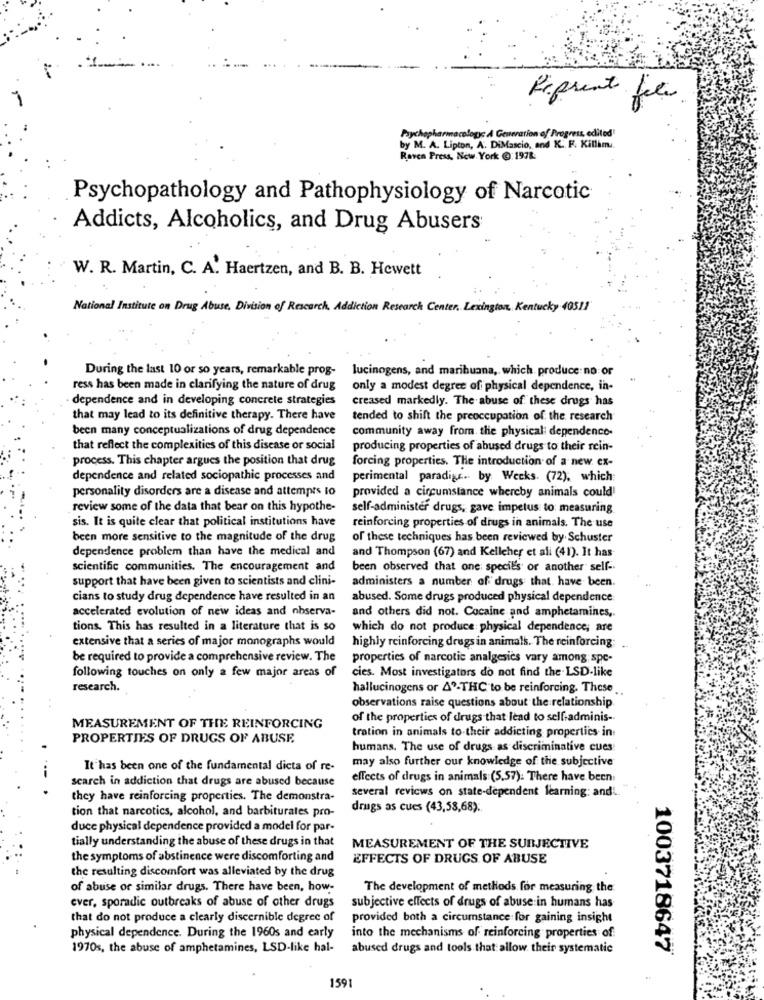
Referente file
Psychopharmacology A Generation of Progress, edited
by M. A. Lipton, A. DiMascio, and K. F. Killim.
Raven Press. New York : 197k
Psychopathology and Pathophysiology of Narcotic
Addicts, Alcoholics, and Drug Abusers
W. R. Martin, C. A. Haertzen, and B. B. Hewett
National Institute on Drug Abuse. Division of Rescarch. Addiction Research Center. Lexington, Kentucky 40511
During the last 10 or so years, remarkable prog-
lucinogens, and marihuana, which produce no or
ress has been made in clarifying the nature of drug
only a modest degree of physical dependence, in-
dependence and in developing concrete strategies
creased markedly. The abuse of these drugs has
that may lead to its definitive therapy. There have
tended to shift the preoccupation of the research
been many conceptualizations of drug dependence
community away from the physical: dependence-
that reflect the complexities of this disease or social
producing properties of abused drugs to their rein-
process. This chapter argues the position that drug
forcing properties. The introduction of a new ex-
dependence and related sociopathic processes and
perimental paradise .. by Weeks. (72), which
personality disorders are a disease and attempts to
provided a circumstance whereby animals could
review some of the data that bear on this hypothe-
self-administer drugs, gave impetus to: measuring
sis. It is quite clear that political institutions have
reinforcing properties of drugs in animals. The use
been more sensitive to the magnitude of the drug
of these techniques has been reviewed by. Schuster
dependence problem than have the medical and
and Thompson (67) and Kelleher et ali (41). It has-
scientific communities. The encouragement and
been observed that one; specie's or another self-
support that have been given to scientists and clini-
administers a number of drugs that have been.
cians to study drug dependence have resulted in an
abused. Some drugs produced physical dependence
accelerated evolution of new ideas and observa-
and others did not. Cocaine and amphetamines,
tions. This has resulted in a literature that is so
which do not produce physical dependence; are
extensive that a series of major monographs would
highly reinforcing drugs in animals. The reinforcing:
be required to provide a comprehensive review. The
properties of narcotic analgesics vary among spe-
following touches on only a few major areas of
cies. Most investigators do not find the LSD-like
research.
hallucinogens or A3-THC to be reinforcing. These
observations raise questions about the relationship
of the properties of drugs that lead to selfiadminis -.
MEASUREMENT OF THE REINFORCING
tration in animals to their addicting properties in
-.. .
PROPERTIES OF DRUGS OF ABUSE
humans. The use of drugs as discriminative cues
may also further our knowledge of the subjective
It has been one of the fundamental dicta of re-
search in addiction that drugs are abused because
effects of drugs in animals (5.57). There have been
several reviews on state-dependent learning: and ...
they have reinforcing properties. The demonstra-
tion that narcotics, alcohol, and barbiturates pro-
drugs as cues (43,58,68).
duce physical dependence provided a model for par-
tially understanding the abuse of these drugs in that
MEASUREMENT OF THE SUBJECTIVE
the symptoms of abstinence were discomforting and
EFFECTS OF DRUGS OF ABUSE
the resulting discomfort was alleviated by the drug
of abuse or similar drugs. There have been, how-
The development of methods for measuring the
ever, sporadic outbreaks of abuse of other drugs
subjective effects of drugs of abuse in humans has
that do not produce a clearly discernible degree of
provided both a circumstance for gaining insight
physical dependence. During the 1960s and early
into the mechanisms of reinforcing properties of
1970s, the abuse of amphetamines, LSD-like hal-
abused drugs and tools that allow their systematic
1003718647
1591